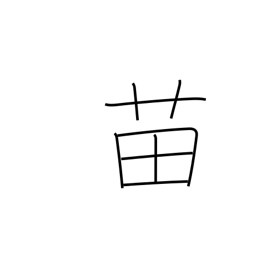
Meaning: seedling